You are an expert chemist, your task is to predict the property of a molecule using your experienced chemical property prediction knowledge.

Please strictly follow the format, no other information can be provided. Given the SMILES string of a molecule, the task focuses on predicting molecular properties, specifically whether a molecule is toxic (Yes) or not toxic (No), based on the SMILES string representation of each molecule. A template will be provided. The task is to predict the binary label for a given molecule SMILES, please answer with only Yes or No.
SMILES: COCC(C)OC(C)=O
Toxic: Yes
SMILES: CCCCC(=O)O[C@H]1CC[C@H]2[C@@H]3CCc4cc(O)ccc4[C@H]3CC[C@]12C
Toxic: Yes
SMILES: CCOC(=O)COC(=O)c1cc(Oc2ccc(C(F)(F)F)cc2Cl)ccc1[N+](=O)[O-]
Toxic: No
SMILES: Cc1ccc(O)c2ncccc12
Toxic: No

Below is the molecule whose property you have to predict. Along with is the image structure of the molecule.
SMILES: COc1ccc2c(c1)C(=O)N(CCc1ccc(S(=O)(=O)NC(=O)NC3CCCCC3)cc1)C(=O)C2(C)C
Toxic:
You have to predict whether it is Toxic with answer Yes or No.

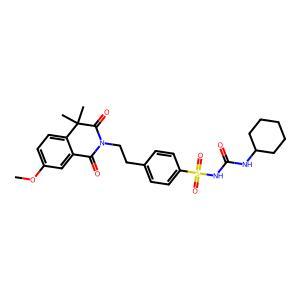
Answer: No